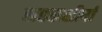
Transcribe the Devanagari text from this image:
सहस्रशीर्षा